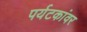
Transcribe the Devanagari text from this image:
पर्यटकांवर